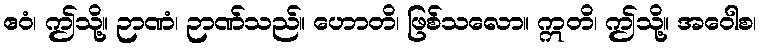
ဧဝံ၊ ဤသို့။ ဉာဏံ၊ ဉာဏ်သည်။ ဟောတိ၊ ဖြစ်သလော။ ဣတိ၊ ဤသို့။ အဝေါစ၊